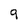
Character: 9